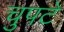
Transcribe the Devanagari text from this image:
चुपटे